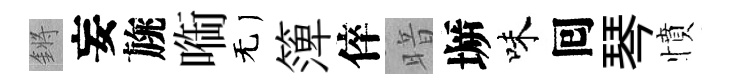
鏘妄旐㗸无𥱼倅暗󶱲味囘琴憤